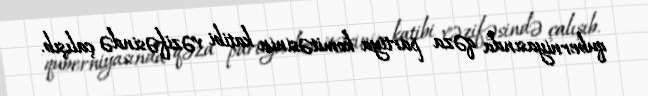
quberniyasında qəza partiya komitəsinin katibi vəzifəsində çalışıb.